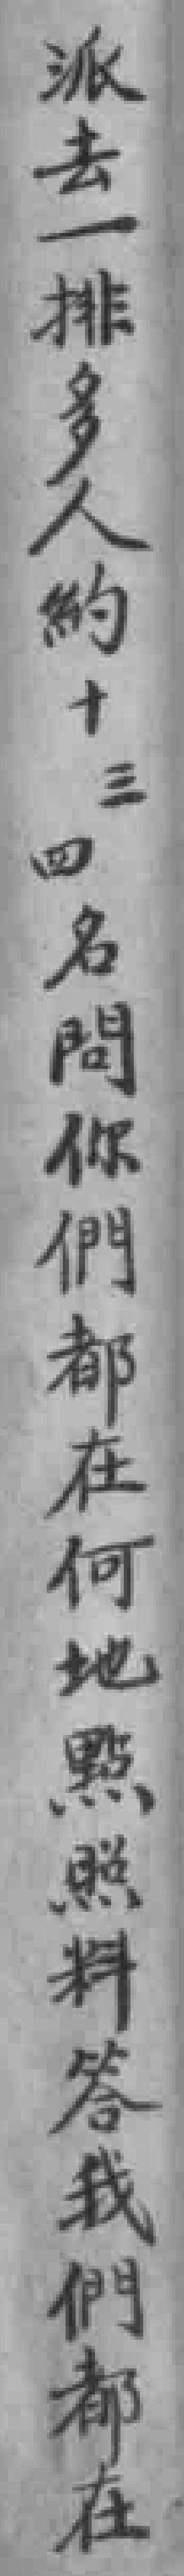
派去一排多人約十三四名問你們都在何地點照料答我們都在